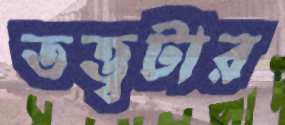
তত্ত্বটার